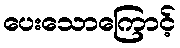
ပေးသောကြောင့်